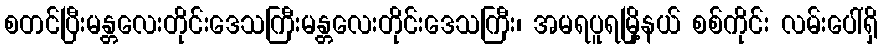
စတင်ပြီးမန္တလေးတိုင်းဒေသကြီးမန္တလေးတိုင်းဒေသကြီး၊ အမရပူရမြို့နယ် စစ်ကိုင်း လမ်းပေါ်ရှိ